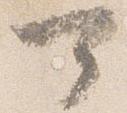
可